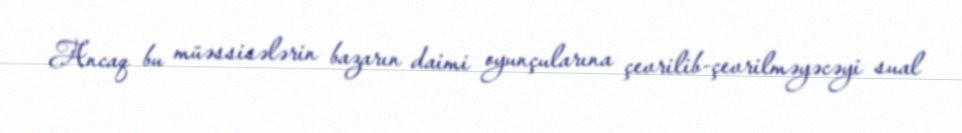
Ancaq bu müəssisələrin bazarın daimi oyunçularına çevrilib-çevrilməyəcəyi sual